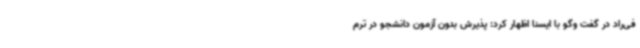
فی‌راد در گفت وگو با ایسنا اظهار کرد: پذیرش بدون آزمون دانشجو در ترم